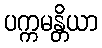
ပက္ကမန္တိယာ